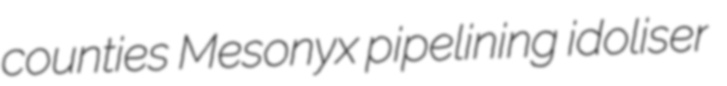
counties Mesonyx pipelining idoliser